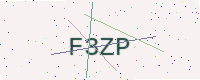
Text: F3ZP